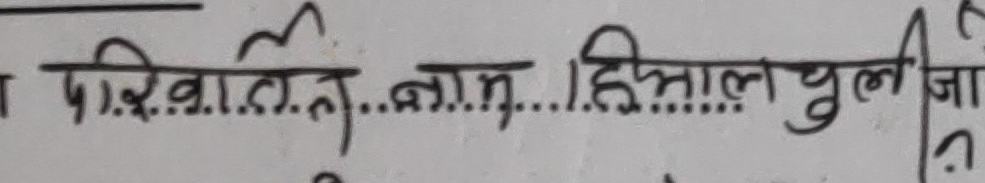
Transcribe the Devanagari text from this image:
परिचय नाम...हिमालय चुलीजी